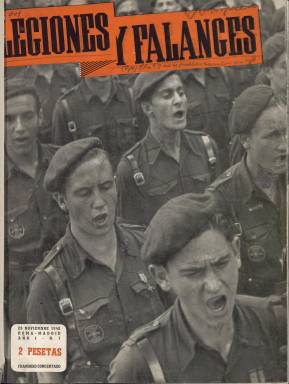
Título: Legiones y falanges
Colección: Fascismo || Revistas de información general
Ámbito geográfico: Italia
Lugar de publicación: Madrid
Fechas: 01/11/1940-30/06/1943